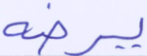
يرضه